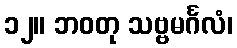
၁၂။ ဘဝတု သဗ္ဗမင်္ဂလံ၊